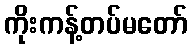
ကိုးကန့်တပ်မတော်